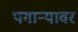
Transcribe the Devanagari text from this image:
पगाऱ्यावर